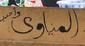
المنياوك